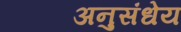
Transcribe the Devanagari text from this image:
अनुसंधेय